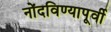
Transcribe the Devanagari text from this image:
नोंदविण्यापूर्वी